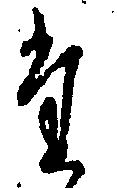
た